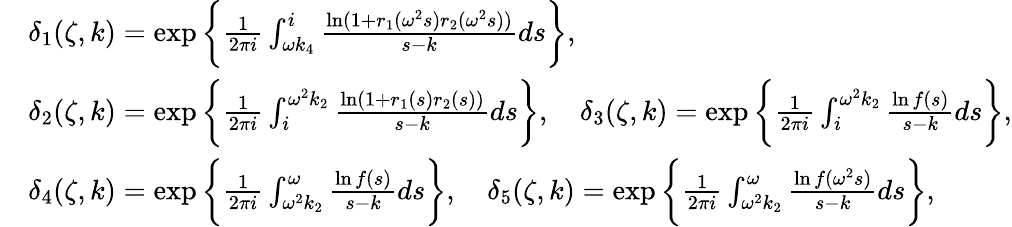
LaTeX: \begin{array}{rl}&{\delta_{1}(\zeta,k)=\exp\bigg\{ \frac{1}{2\pi i}\int_{\omega k_{4}}^{i}\frac{\ln(1+r_{1}(\omega^{2}s)r_{2}(\omega^{2}s))}{s-k}ds\bigg\} ,}\\ &{\delta_{2}(\zeta,k)=\exp\bigg\{ \frac{1}{2\pi i}\int_{i}^{\omega^{2}k_{2}}\frac{\ln(1+r_{1}(s)r_{2}(s))}{s-k}ds\bigg\} ,\quad\delta_{3}(\zeta,k)=\exp\bigg\{ \frac{1}{2\pi i}\int_{i}^{\omega^{2}k_{2}}\frac{\ln f(s)}{s-k}ds\bigg\} ,}\\ &{\delta_{4}(\zeta,k)=\exp\bigg\{ \frac{1}{2\pi i}\int_{\omega^{2}k_{2}}^{\omega}\frac{\ln f(s)}{s-k}ds\bigg\} ,\quad\delta_{5}(\zeta,k)=\exp\bigg\{ \frac{1}{2\pi i}\int_{\omega^{2}k_{2}}^{\omega}\frac{\ln f(\omega^{2}s)}{s-k}ds\bigg\} ,}\end{array}